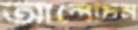
আলোচন